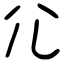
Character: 尣